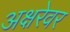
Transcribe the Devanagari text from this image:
अक्षरेवर